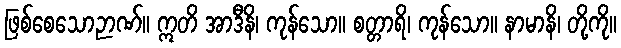
ဖြစ်စေသောဉာဏ်။ ဣတိ အာဒီနိ၊ ကုန်သော။ စတ္တာရိ၊ ကုန်သော။ နာမာနိ၊ တို့ကို။